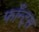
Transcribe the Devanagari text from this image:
फाँन्‍ट्‌स